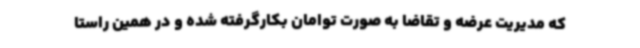
که مدیریت عرضه و تقاضا به صورت توامان بکارگرفته شده و در همین راستا